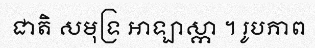
ជាតិ សមុទ្រ អាឡាស្កា ។ រូបភាព